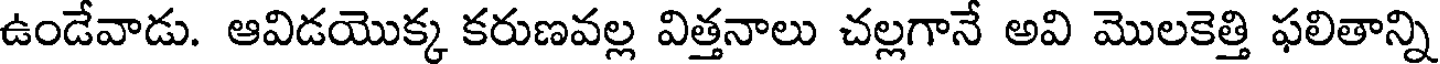
ఉండేవాడు. ఆవిడయొక్క కరుణవల్ల విత్తనాలు చల్లగానే అవి మొలకెత్తి ఫలితాన్ని